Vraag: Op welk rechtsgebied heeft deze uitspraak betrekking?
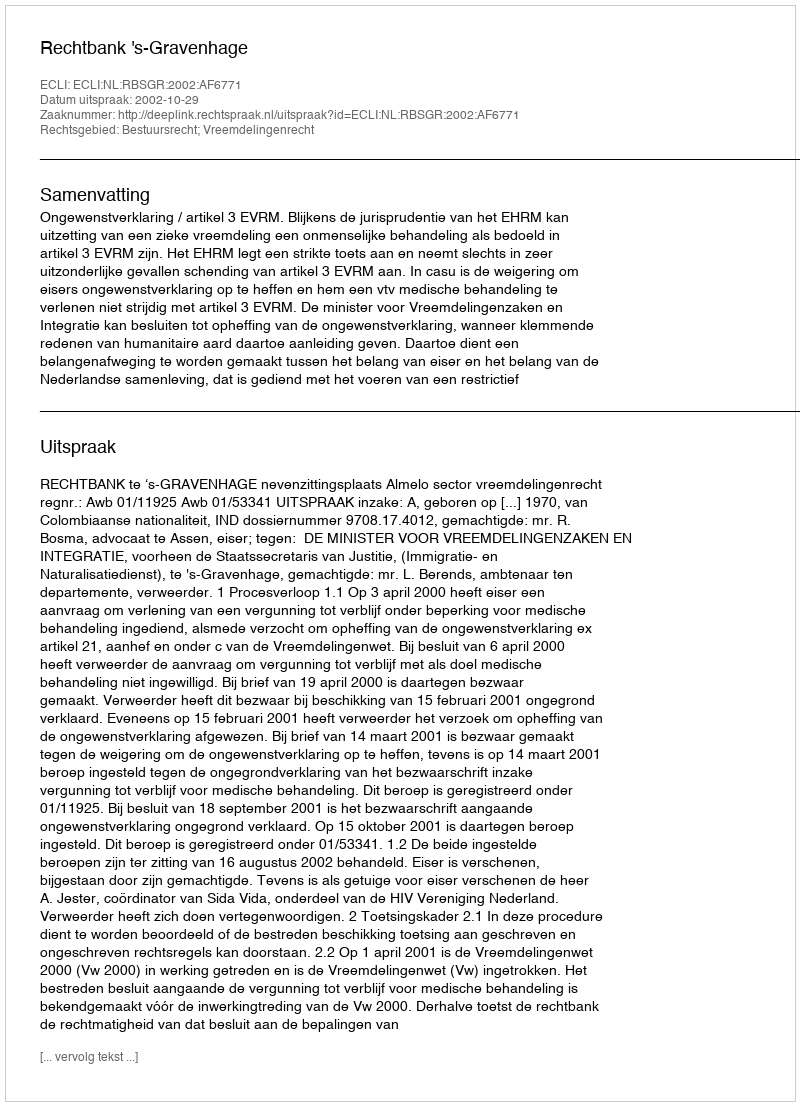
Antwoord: Bestuursrecht; Vreemdelingenrecht